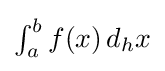
{\textstyle \int _{a}^{b}f(x)\,d_{h}x}